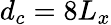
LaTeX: d_{c}=8L_{x}